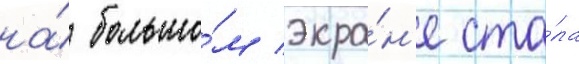
на́ большо́м экра́н'е ста́ла